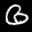
Label: 6